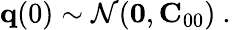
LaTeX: {\mathbf q}(0)\sim\mathcal{N}({\mathbf 0},{\mathbf C}_{00})\mathrm{~.~}